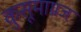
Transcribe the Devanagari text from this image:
कुसूमाग्रज